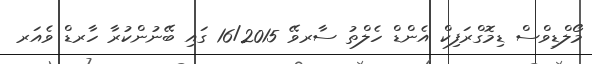
މޯލްޑިވްސް ޑިމޮގްރަފިކް އެންޑް ހެލްތު ސާރވޭ 16/2015 ގައި ބޭނުންކުރާ ހާރޑް ވެއަރ